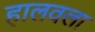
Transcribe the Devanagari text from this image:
हालवला